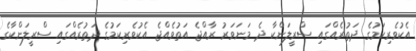
އެކުވެރިކަމުގެ ދަތުރެއްގައި ސްރީލަންކާ ދެ މަނަވަރު ރާއްޖެ އަތުވެއްޖެ އެކުވެރިކަމުގެ ދަތުރެއްގައި ސްރީލަންކާގެ